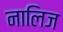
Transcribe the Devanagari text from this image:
नालिज